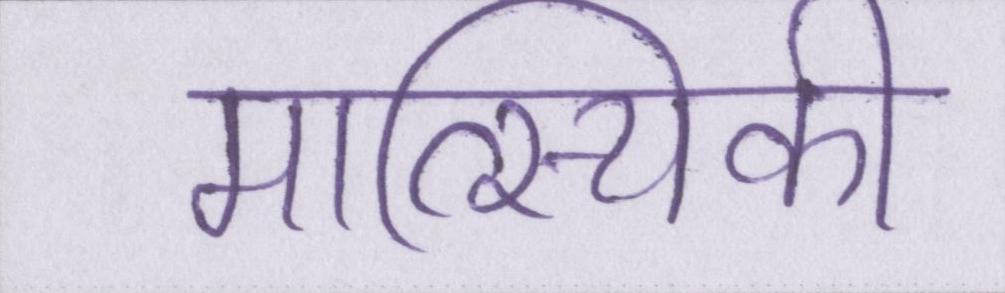
मात्स्यिकी